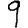
Digit: 9